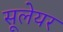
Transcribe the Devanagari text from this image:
सूलेयर